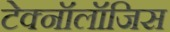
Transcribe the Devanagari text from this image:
टेक्नॉलॉजिस